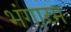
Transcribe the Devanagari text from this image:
भंगारम